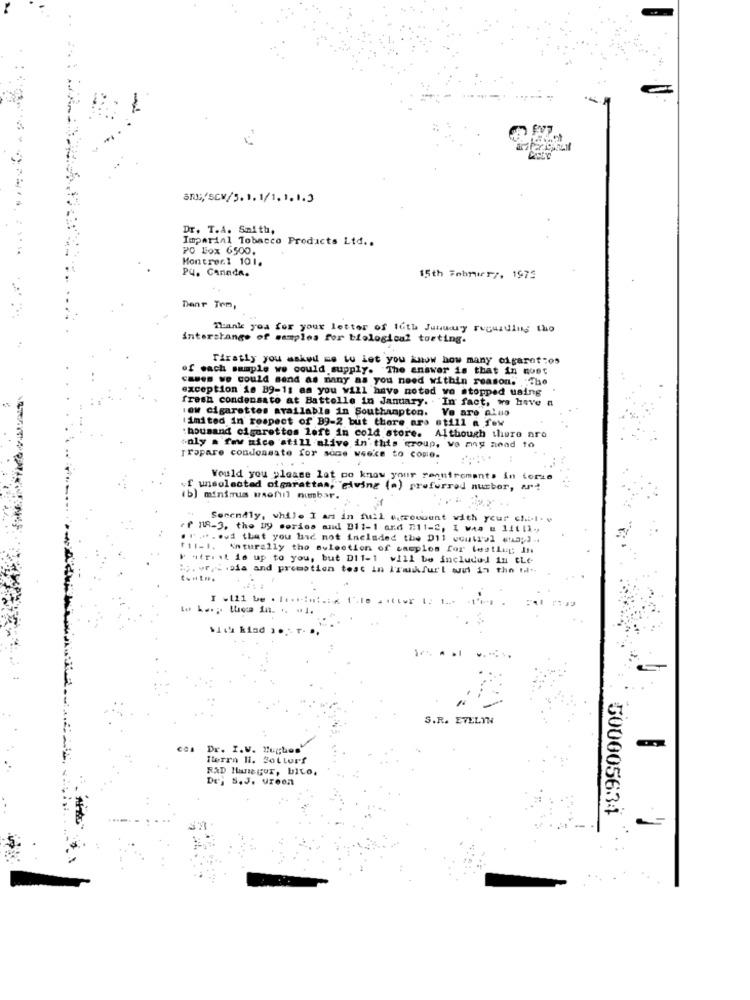
Dr. T.A. Smith,
Imperial Tobacco Products Ltd ..
PO Box 6500.
Montreal 101.
PQ. Canada.
15th FobriTy, 1973
Denr Tem,
Thank you for your letter of IGth January ruguiding tho
interstange of samples for biological torting.
Firstly you asked me to let you know how many ofgarotos
of each sample we could supply. The answer is that in most
cases we could send as many as you need within reason. The
exception is B9-11 as you will have noted ve stopped using
fresh condensato at Battelle in January.
In fact, we have a
:ow cigarettes available in Southampton.
Ve are alus
imited in respect of 39-2 but there are still a few
:bousand cigarettes left in cold store.
Although there are
only a few mice still alive in this group, We my nead to
Tropare condensate for some weeke to come.
Would you please let me know your requirements in forse
unselected olgarattan, ""giving (a) preferred number, art
b) minimum useful numbar. .
Serendly, while I an in fuil eurowent with your cl.l. v
Ff 18-3. the Dy series and B11-1 ard #11-2, I was & lit li-
. .... . ud that you had not included the Dil uoutrol stan; ) ..
f11-1. Anturally tho avlection of camplos for testlet; In
k utriit is up to you, but Di1-1 will be included in the-
:p. writ .dia and promotion test in Iruifurl wut in the til"
I .111 be . .......:.:. 1 .10
1 ...
"1.
With kind
S.R. EVELYN
Dr. I.V. Hughes"
Iterra Il. Sollurf
RAD Hun gur, bito.
Drj S.J. Uroen
500005634